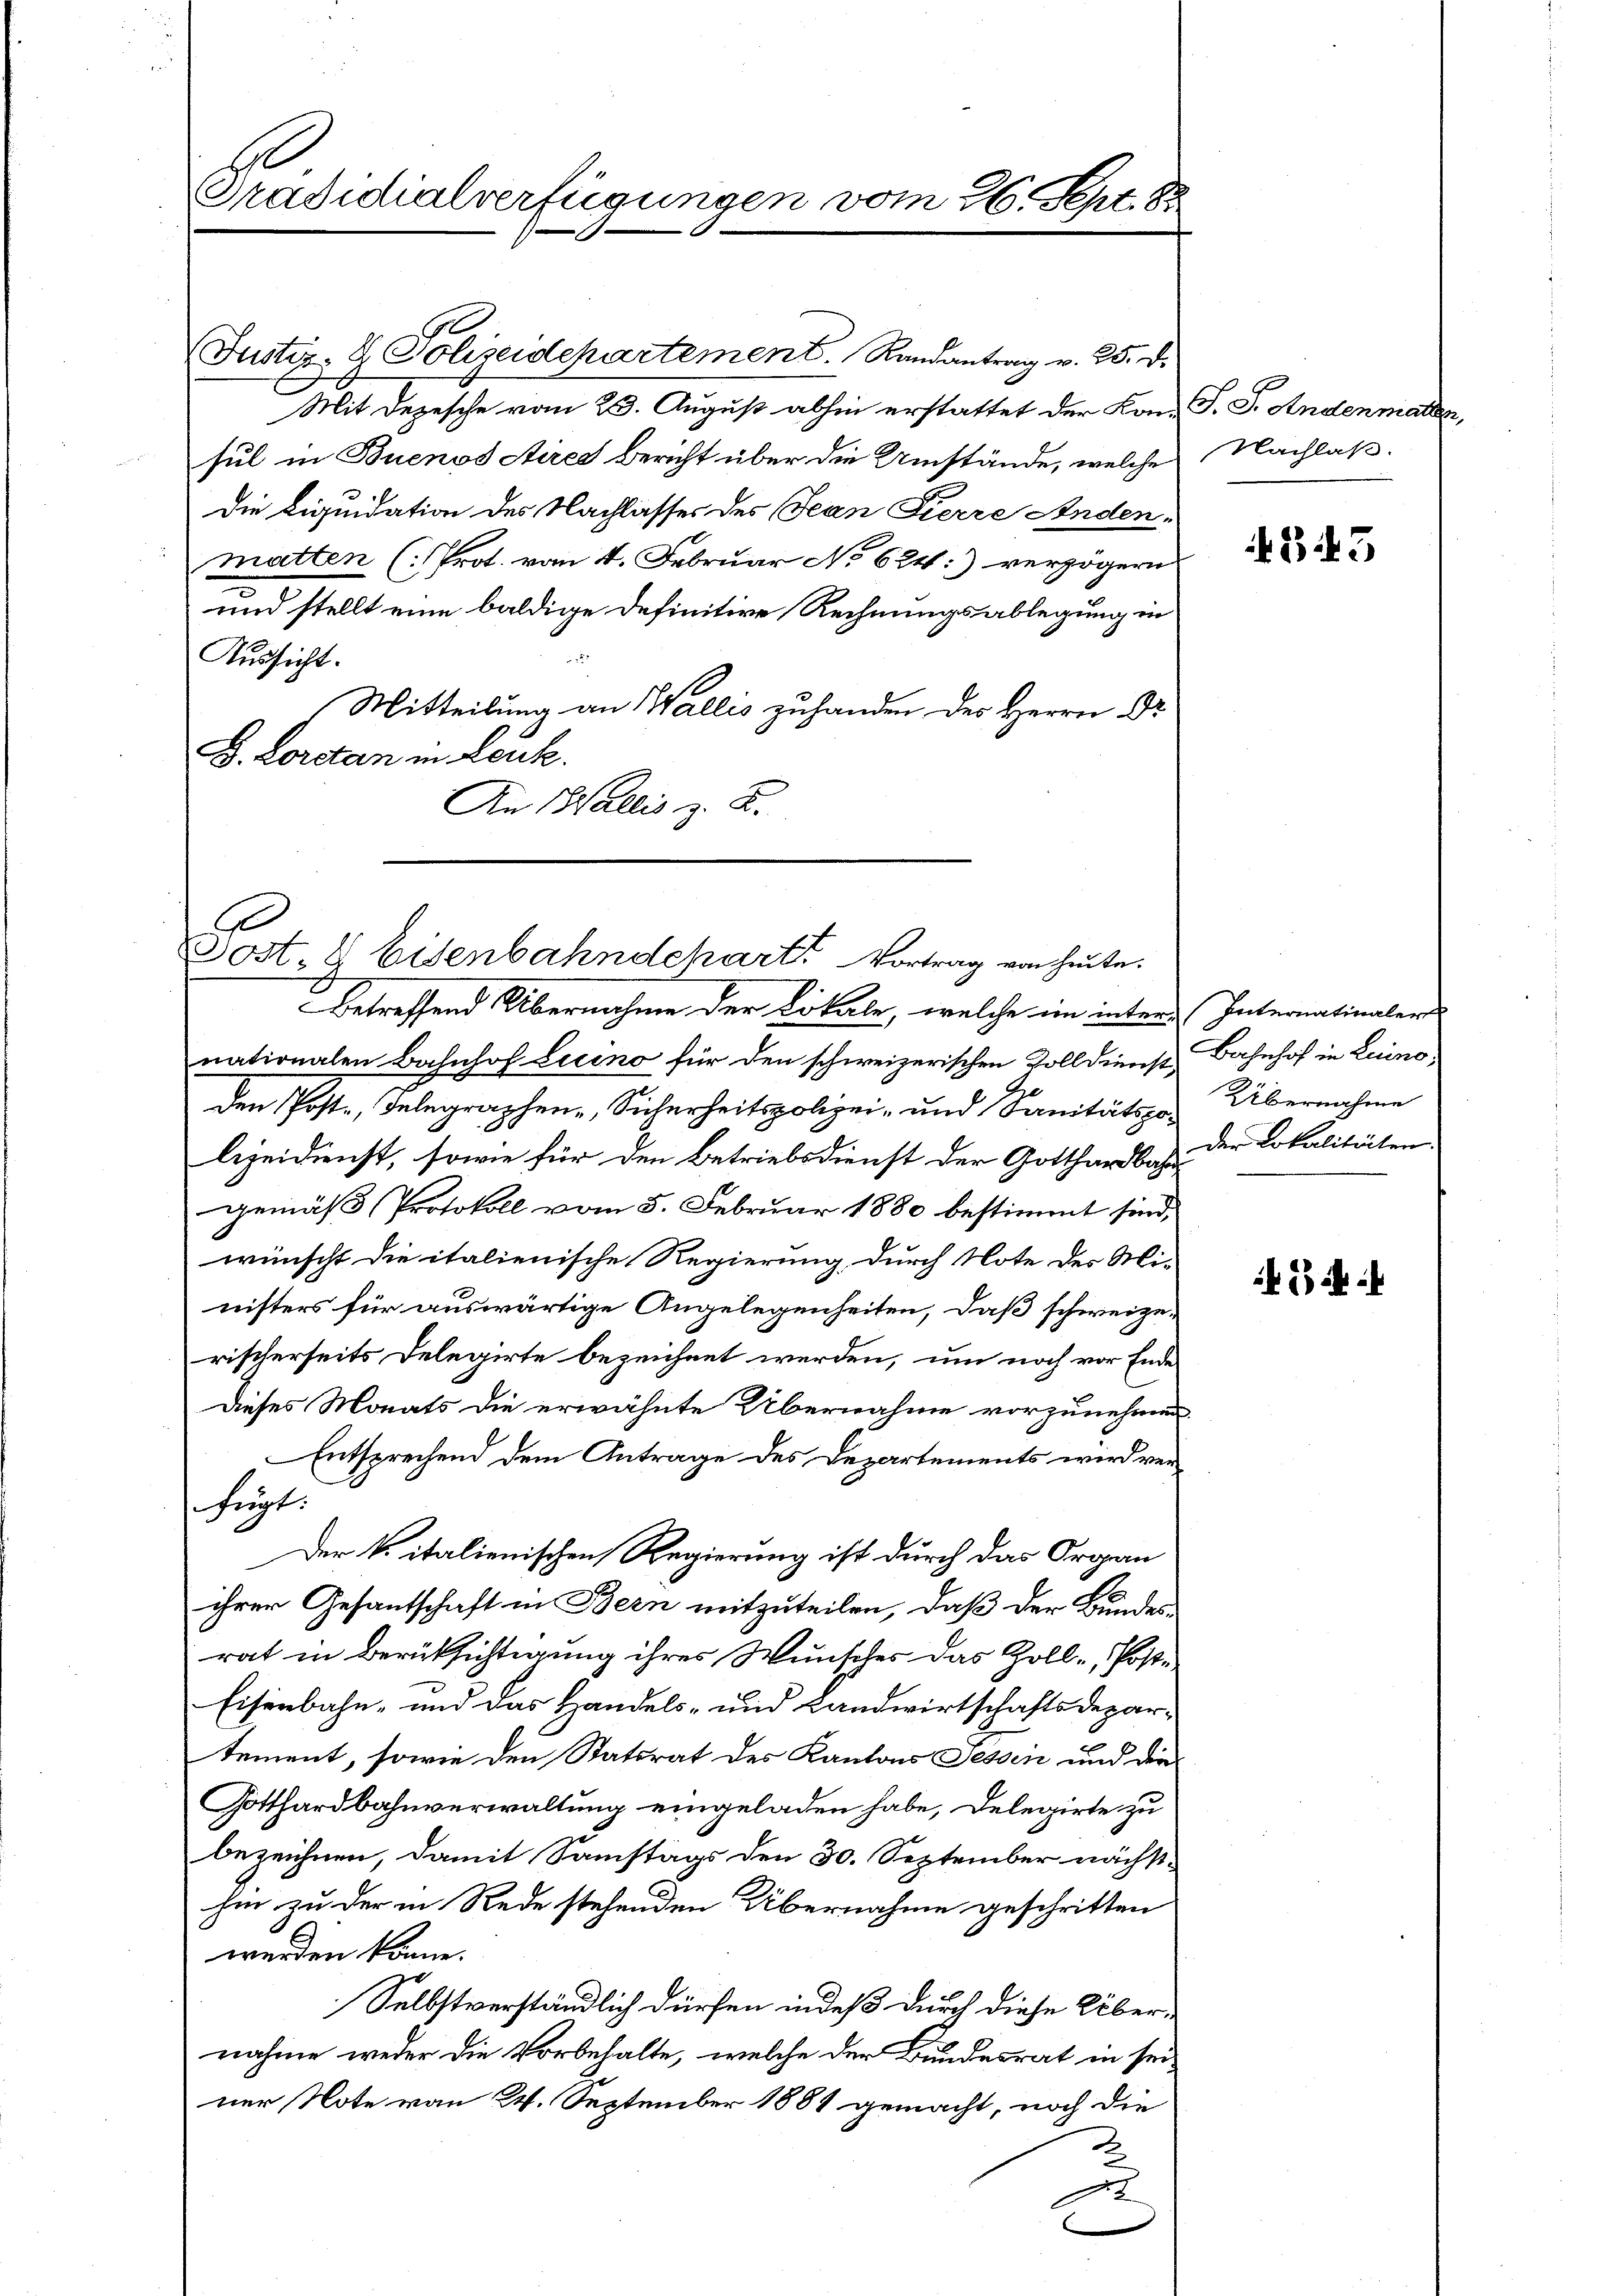
Präsidialverfügungen vom 26. Sept. 8:

(Justiz- & Polizeidepartement. Randantrag v. 25. d.
Mit Depesche vom 23. August abhin erstattet der Kann P. J. Andenmatten,
sul in Buenos Aires Bericht über die Umstände, welche Nachlaß.
Die Liquidation des Nachlasses des Jean Pierre Anden.
matten (Prot. vom 4. Februar No 624:) verzögern
und stellt eine baldige Definitive Rechnungsablegung in
2
Aussicht.
Mitteilung an Wallis zuhanden des Herrn Dr.
L. Loretan in Leuk.
An Wallis z. B.

E
Sost- & Eisenbahndeparts Vortrag von heute.

Betreffend Übernahme der Lokale, welche ein inter-Internationaler
nationalen Bahnhof Licino für den schweizerischen Zolldienst Bahnhof in Luino
den Post. Delegraphen-, Sicherheitspolizei- und Sanitätszo Übernahme
lizeidienst, sowie für den Betriebsdienst der Gotthardba der Lokalitäten
gemäß Protokoll vom 5. Februar 1880 bestimmt sind,
wünscht die italienische Regierung durch Note des Ministers für auswärtige Angelegenheiten, daß schweize-
rischerseits Delegirte bezeichnet werden, um noch vor Ende
Dieses Monats die erwähnte Übernahme vorzunehmen.
Entsprechend dem Antrage des Departements wird verfügt:
Der k. italienischen Regierung ist durch das Organ
ihrer Gesantschaft in Bern mitzuteilen, daß der Bundes-
rat in Berücksichtigung ihres Wunscher das Zoll-Posti-
Eisenbahn- und das Handels- und Landwirtschaftsdepartement, sowie den Statsrat des Kantons Tessin und die¬
Gotthardbahnverwaltung eingeladen habe, Delegirte zu
bezeichnen, damit Samstags den 30. September nächsthin zu der in Rede stehenden Übernahme geschritten
werden könne.
Selbstverständlich dürfen indeß durch diese Übernahme weder die Vorbehalte, welche der Bundesrat in seiner Note von 24. September 1881 gemacht, noch die
2

343